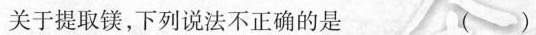
关于提取镁，下列说法不正确的是 ()